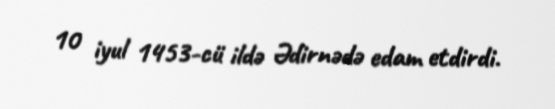
10 iyul 1453-cü ildə Ədirnədə edam etdirdi.